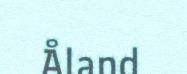
Åland